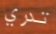
تدري